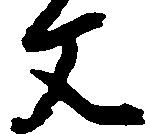
文